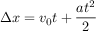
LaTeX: \Delta x = v _ { 0 } t + { \frac { a t ^ { 2 } } { 2 } }